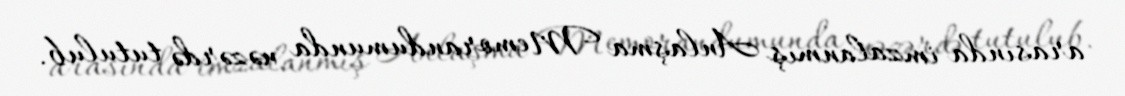
arasında imzalanmış Anlaşma Memorandumunda nəzərdə tutulub.